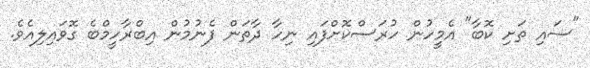
"ސައި ތަށި ކޮބާ" އެމީހުން ހުރަސްކޮށްފައި ނިހާ ދާތަން ފެނުމުން އިބްރާހީމްބެ ގޮވައިލިއެވެ.